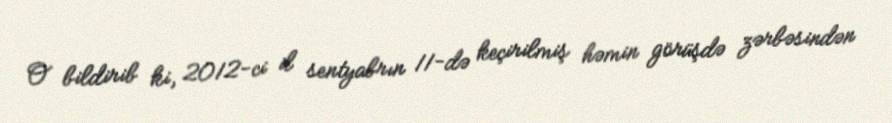
O bildirib ki, 2012-ci il sentyabrın 11-də keçirilmiş həmin görüşdə zərbəsindən